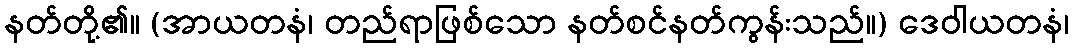
နတ်တို့၏။ (အာယတနံ၊ တည်ရာဖြစ်သော နတ်စင်နတ်ကွန်းသည်။) ဒေဝါယတနံ၊